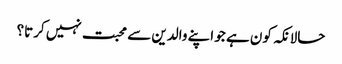
حالانکہ کون ہے جو اپنے والدین سے محبت نہیں کرتا؟